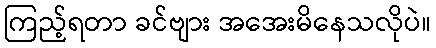
ကြည့်ရတာ ခင်ဗျား အအေးမိနေသလိုပဲ။